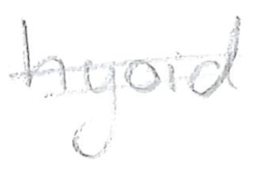
Text: hyoid
Cross-out: double-line
Writing tool: pencil